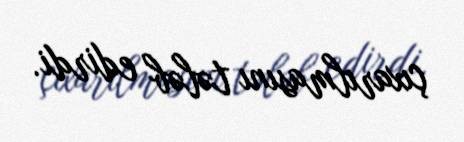
çıxarılmasını tələb edirdi.